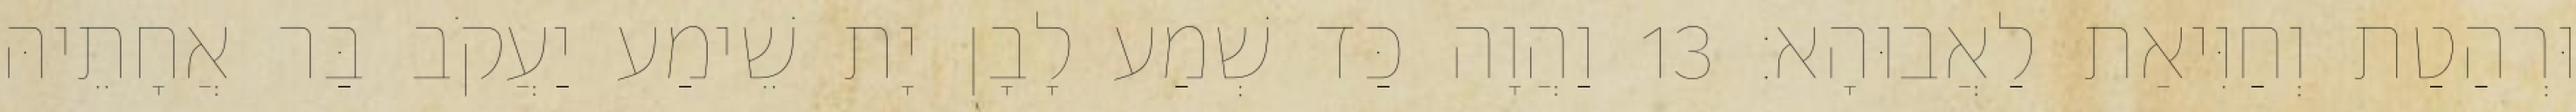
וּרְהַטַת וְחַוִּיאַת לַאֲבוּהָא׃ 13 וַהֲוָה כַּד שְׁמַע לָבָן יָת שֵׁימַע יַעֲקֹב בַּר אֲחָתֵיהּ